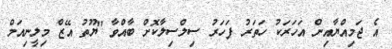
އެ ޖަމިއްޔާއިން އަހަރަކު ހަތަރު ފަހަރު ސިލްސިލާކޮށް ބާއްވާ "ޔޫތު އޭޒް މިލީނިއަމް